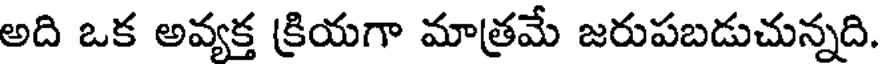
అది ఒక అవ్యక్త క్రియగా మాత్రమే జరుపబడుచున్నది.